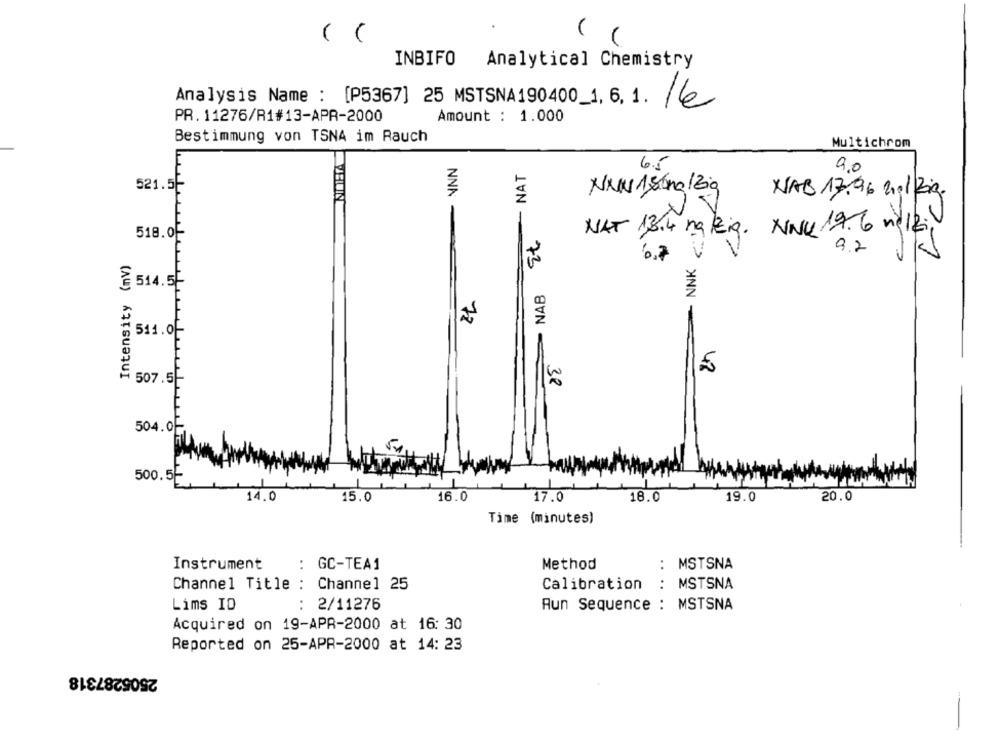
INBIFO
Analytical Chemistry
Analysis Name : [P5367] 25 MSTSNA190400_1, 6, 1. 6
Amount : 1.000
PR. 11276/R1#13-APR-2000
Bestimmung von TSNA im Rauch
Multichrom
- NAT
6.5
9,0
3
521.5F
NNN 180mg/Big
NAB 17.96 201 Zig
NNN-
NAT 13.4 nalzig. NNU 19.6 no12;
NNK <: 1
518.0F
9.2
Intensity (mv)
6.7
2
73
514.5
NAB
72
511.0
42
507.5
38
504.0-
500.5
14.0
15.0
16.0
17.0
18.0
19.0
20.0
Time (minutes)
Instrument
: GC-TEA1
Method
: MSTSNA
Channel Title : Channel 25
Calibration
: MSTSNA
Lims ID
: 2/11276
Aun Sequence : MSTSNA
Acquired on 19-APR-2000 at 16: 30
Reported on 25-APR-2000 at 14: 23
2505287318